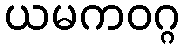
ယမကဝဂ္ဂ